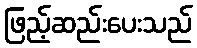
ဖြည့်ဆည်းပေးသည်